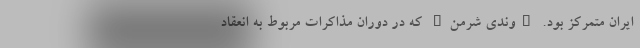
ایران متمرکز بود. "وندی شرمن" که در دوران مذاکرات مربوط به انعقاد